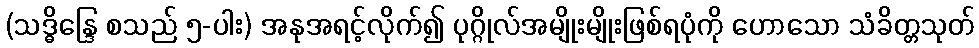
(သဒ္ဓိန္ဒြေ စသည် ၅-ပါး) အနုအရင့်လိုက်၍ ပုဂ္ဂိုလ်အမျိုးမျိုးဖြစ်ရပုံကို ဟောသော သံခိတ္တသုတ်